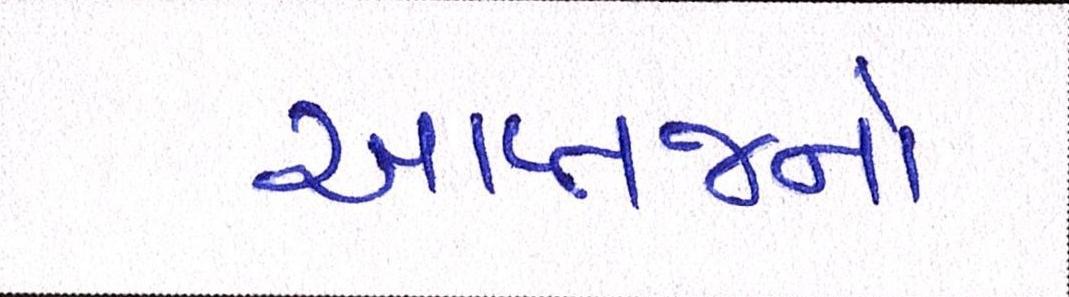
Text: આપ્તજનો